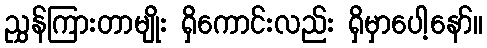
ညွှန်ကြားတာမျိုး ရှိကောင်းလည်း ရှိမှာပေါ့နော်။